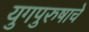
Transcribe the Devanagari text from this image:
युगपुरुषाचे